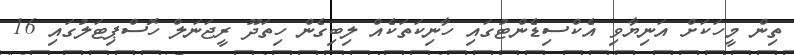
ތިން މީހަކަށް އަނިޔާވި އެކްސިޑެންޓުގައި ހާނިކަތަކެއް ލިބިގެން ހިތަދޫ ރީޖަނަލް ހޮސްޕިޓަލުގައި 16